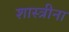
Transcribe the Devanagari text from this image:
शास्त्रीना